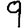
Digit: 9